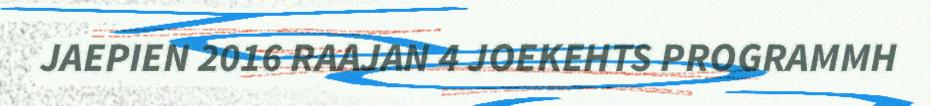
JAEPIEN 2016 RAAJAN 4 JOEKEHTS PROGRAMMH